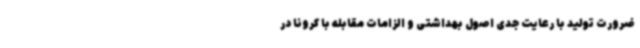
ضرورت تولید با رعایت جدی اصول بهداشتی و الزامات مقابله با کرونا در